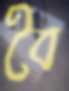
বৈ